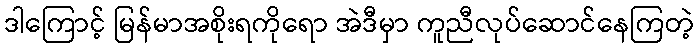
ဒါကြောင့် မြန်မာအစိုးရကိုရော အဲဒီမှာ ကူညီလုပ်ဆောင်နေကြတဲ့